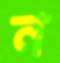
ন